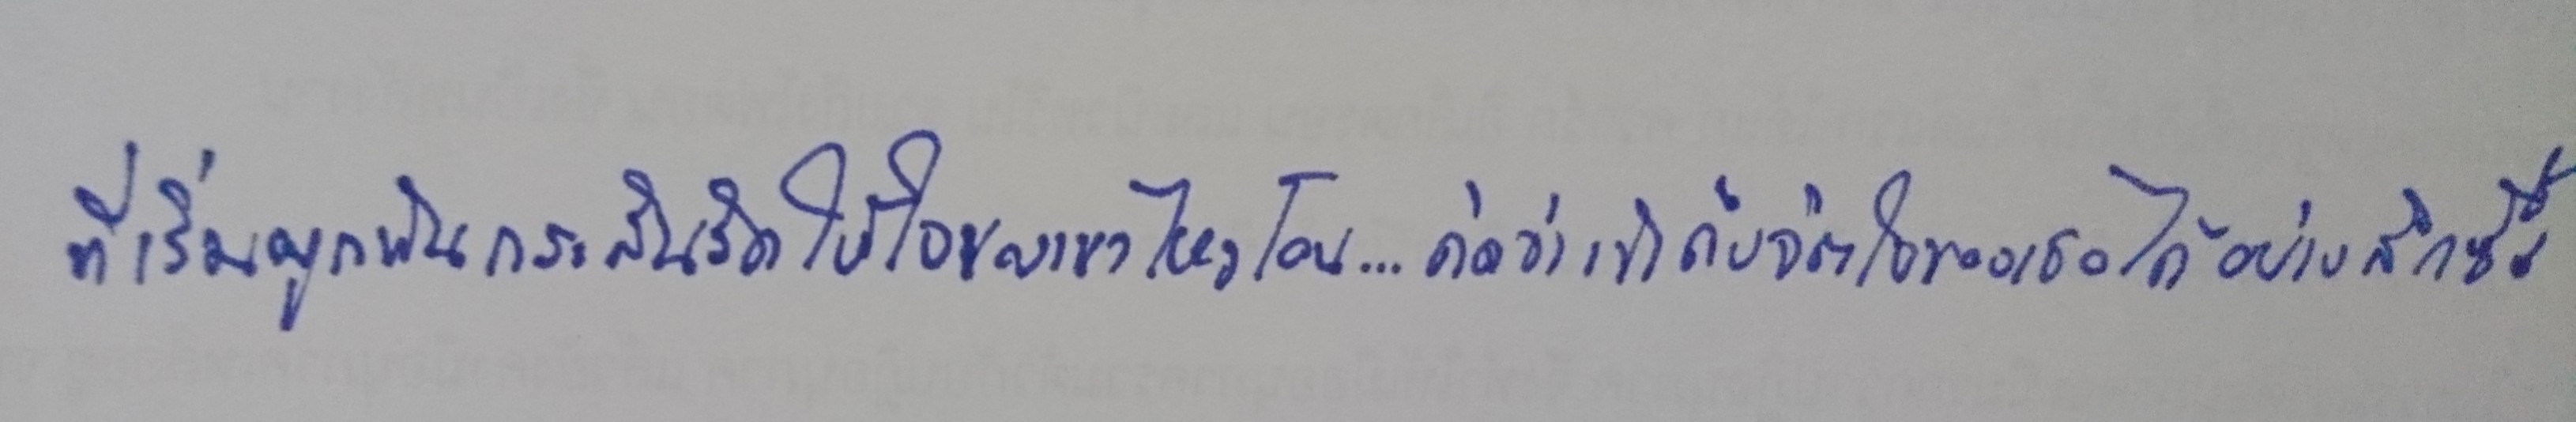
ที่เริ่มผูกพันกระสันรัดให้ใจของเขาไหวโอน...คิดว่าเข้าถึงจิตใจของเธอได้อย่างลึกซึ้ง